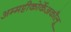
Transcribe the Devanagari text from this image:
अम्मट्टीकोर्केअकौलू